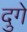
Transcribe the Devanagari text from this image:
दुगे